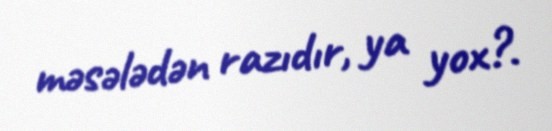
məsələdən razıdır, ya yox?.